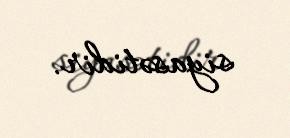
siyasətidir.